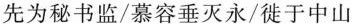
先为秘书监/慕容垂灭永/徙于中山